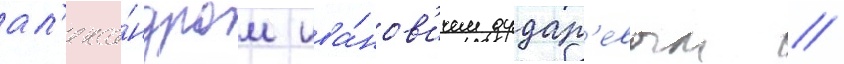
ал'екса́ндром ива́нов'ичем дудар'евым /